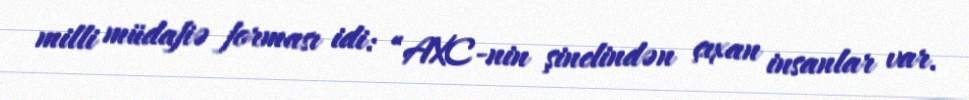
milli müdafiə forması idi: “AXC-nin şinelindən çıxan insanlar var.